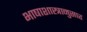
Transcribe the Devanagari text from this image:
भाषाशास्त्रानुसार